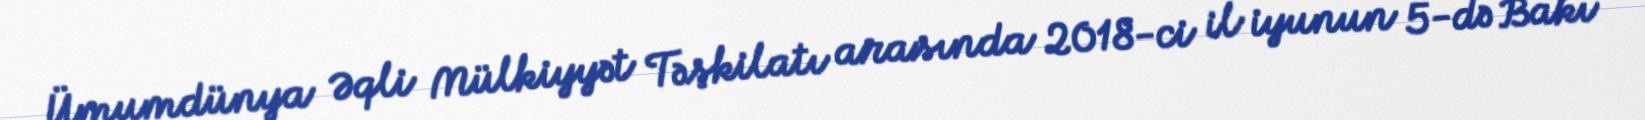
Ümumdünya Əqli Mülkiyyət Təşkilatı arasında 2018-ci il iyunun 5-də Bakı